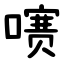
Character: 㗷